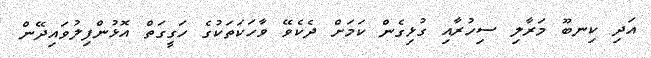
އަދި ކިނބޫ މަރާލި ސިހުރާއި ގުޅިގެން ކަމަށް ދެކެވޭ ވާހަކަތަކުގެ ހަގީގަތް އޮޅުންފިލުވައިދޭން